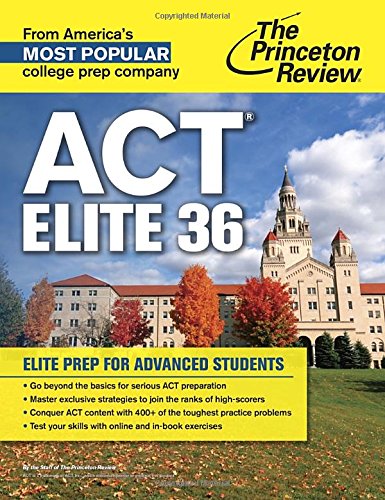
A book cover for ACT Elite 36: Elite Prep for Advanced Students (College Test Preparation); Princeton Review; Test Preparation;